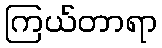
ကြယ်တာရာ